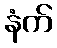
နံက်